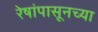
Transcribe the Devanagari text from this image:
रेषांपासूनच्या